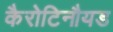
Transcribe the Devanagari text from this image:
कैरोटिनौयड